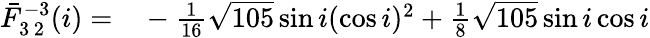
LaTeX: \begin{array}{rl}{\bar{F}_{3\, 2}^{-3}(i)=}&{{}-\frac{1}{16}\sqrt{105}\sin i(\cos i)^{2}+\frac{1}{8}\sqrt{105}\sin i\cos i}\end{array}